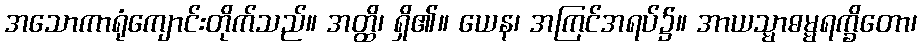
အသောကာရုံကျောင်းတိုက်သည်။ အတ္ထိ၊ ရှိ၏။ ယေန၊ အကြင်အရပ်၌။ အာယသ္မာဓမ္မရက္ခိတော၊